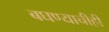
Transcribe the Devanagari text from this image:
बघण्याचीही